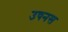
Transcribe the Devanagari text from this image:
उषनस